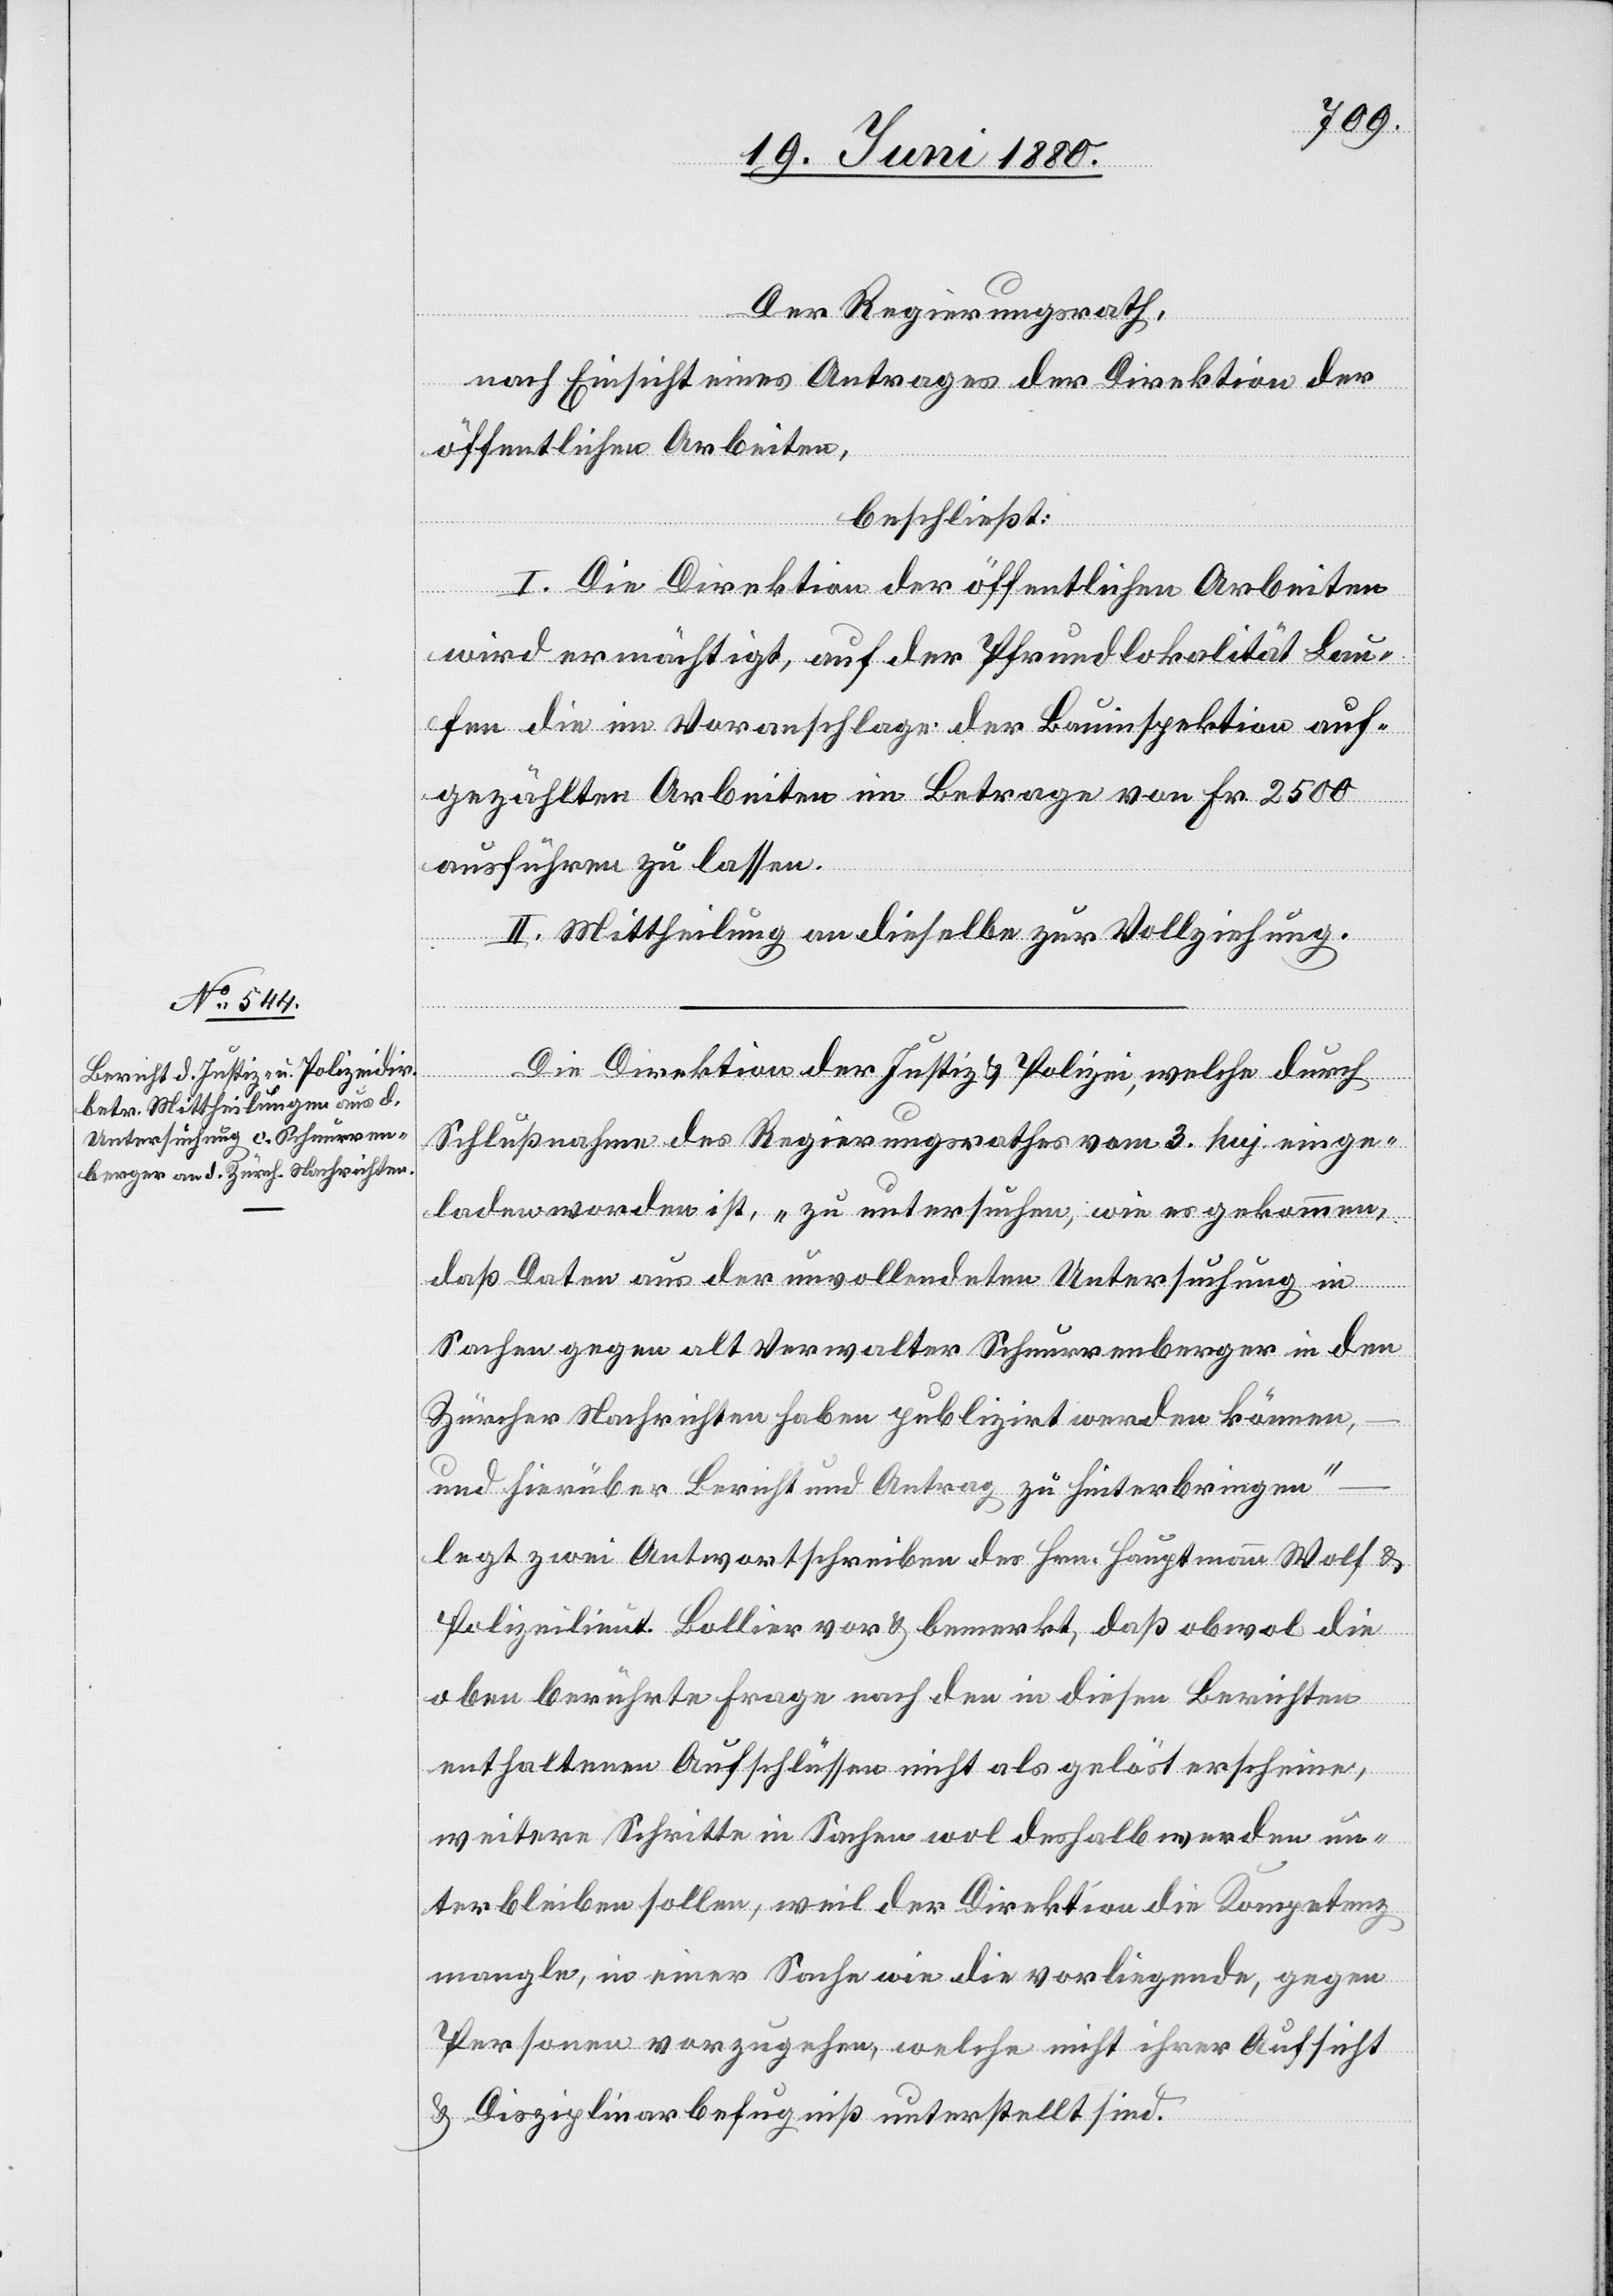
Der Regierungsrath,
nach Einsicht eines Antrages der Direktion der
öffentlichen Arbeiten,
beschließt:
I. Die Direktion der öffentlichen Arbeiten
wird ermächtigt, auf der Pfrundlokalität Lau¬
fen die im Voranschlage der Bauinspektion auf¬
gezählten Arbeiten im Betrage von Fr. 2500
ausführen zu lassen.
II. Mittheilung an dieselbe zur Vollziehung.
Die Direktion der Justiz & Polizei, welche durch
Schlußnahme des Regierungsrathes vom 3. huj. einge¬
laden worden ist, „zu untersuchen, wie es gekommen,
daß Daten aus der unvollendeten Untersuchung in
Sachen gegen alt Verwalter Schnurrenberger in den
Zürcher Nachrichten haben publizirt werden können,
und hierüber Bericht und Antrag zu hinterbringen“
legt zwei Antwortschreiben des Hrn. Hauptmann Wolf &
Polizeilieut. Bollier vor & bemerkt, daß obwol die
oben berührte Frage nach den in diesen Berichten
enthaltenen Aufschlüssen nicht als gelöst erscheine,
weitere Schritte in Sachen wol deshalb werden un¬
terbleiben sollen, weil der Direktion die Kompetenz
mangle, in einer Sache wie die vorliegende, gegen
Personen vorzugehen, welche nicht ihrer Aufsicht
& Disziplinbefugniß unterstellt sind.